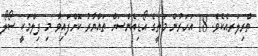
ތްރިލަރއެކެވެ. 18 އަހަރުން މަތީގެ އޯޑިއެންސަށް ތައްޔާރު ކޮށްފައިވާ މި ފިލްމަކީ ސޯލޯ